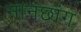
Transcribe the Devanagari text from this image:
नानछांग